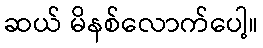
ဆယ် မိနစ်လောက်ပေါ့။